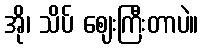
အို၊ သိပ် ဈေးကြီးတာပဲ။